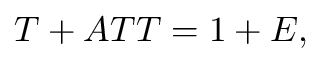
T + A T T = 1 + E ,